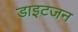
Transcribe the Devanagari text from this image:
डाइटजन